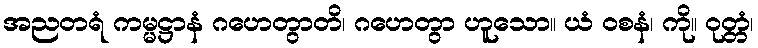
အညတရံ ကမ္မဋ္ဌာနံ ဂဟေတွာတိ၊ ဂဟေတွာ ဟူသော။ ယံ ဝစနံ၊ ကို။ ဝုတ္တံ၊